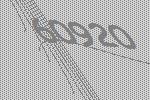
60920